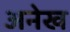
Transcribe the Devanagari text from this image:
अनेख